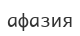
афазия